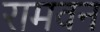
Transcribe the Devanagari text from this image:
रामवन